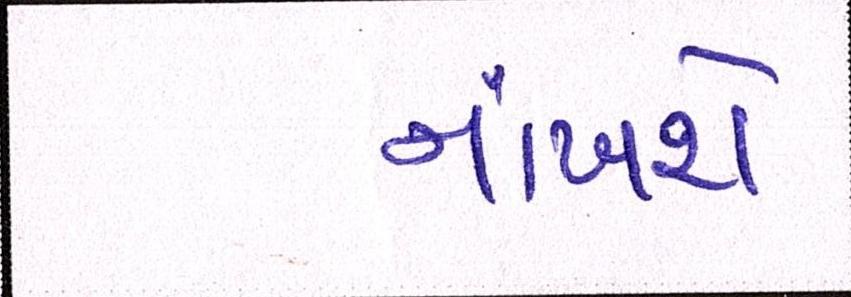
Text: નાંખશે